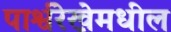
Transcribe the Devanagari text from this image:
पार्श्वरेखेमधील